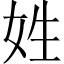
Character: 姓